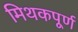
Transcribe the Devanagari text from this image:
मिथकपूर्ण